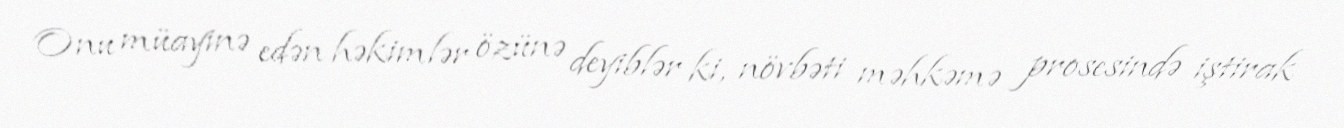
Onu müayinə edən həkimlər özünə deyiblər ki, növbəti məhkəmə prosesində iştirak